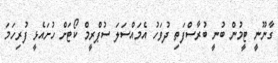
ގާނޫނީ ޓީމުން ބުނީ ބުރާސްފަތި ދުވަހު އެމައްސަލަ ސުޕްރީމް ކޯޓަށް ހުށައެޅީ ފުރިހަމަ